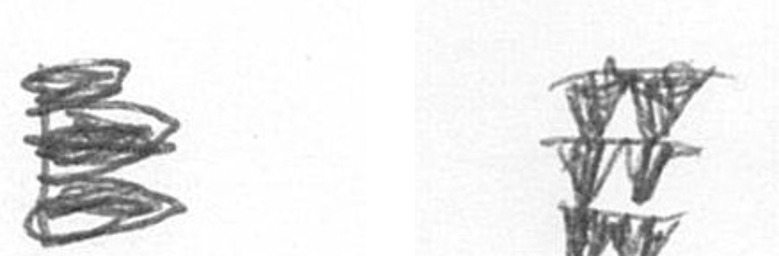
H Y